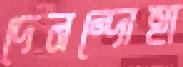
দেনন্দোহা